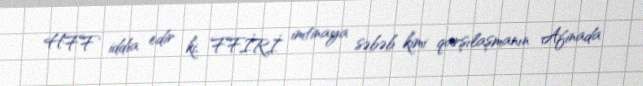
HFF iddia edir ki, FFİRİ imtinaya səbəb kimi qarşılaşmanın Afinada